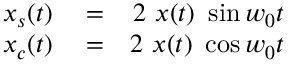
\begin{array} { r l r } { x _ { s } ( t ) } & { { } = } & { 2 \ x ( t ) \ \sin { w _ { 0 } t } } \\ { x _ { c } ( t ) } & { { } = } & { 2 \ x ( t ) \ \cos { w _ { 0 } t } } \end{array}